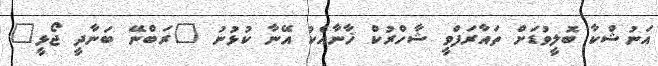
އަނުޝްކާ ބޮލީވުޑަށް ތައާރަފްވީ ޝާހްރުކް ޚާނާއެކު އޭނާ ކުޅުނު "ރަބްނޭ ބަނާދީ ޖޯޅީ"